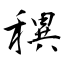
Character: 穓